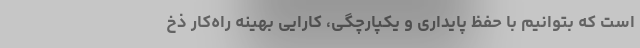
است که بتوانیم با حفظ پایداری و یکپارچگی، کارایی بهینه راه‌کار ذخ